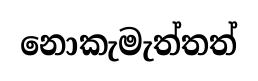
නොකැමැත්තත්